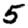
Digit: 5